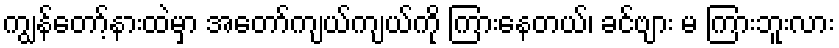
ကျွန်တော့်နားထဲမှာ အတော်ကျယ်ကျယ်ကို ကြားနေတယ်၊ ခင်ဗျား မ ကြားဘူးလား